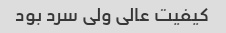
کیفیت عالی ولی سرد بود